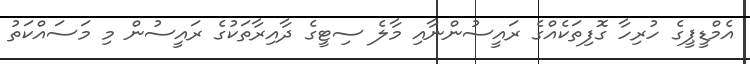
އެމްޑީޕީގެ ހުރިހާ ގޮފިތަކެއްގެ ރައީސުންނާއި މާލެ ސިޓީގެ ދާއިރާތަކުގެ ރައީސުން މި މަސައްކަތު